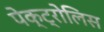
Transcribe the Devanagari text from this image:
पेक्ट्रोलिस